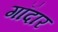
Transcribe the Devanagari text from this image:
गॉदार